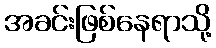
အခင်းဖြစ်နေရာသို့